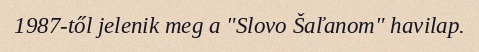
1987-től jelenik meg a "Slovo Šaľanom" havilap.